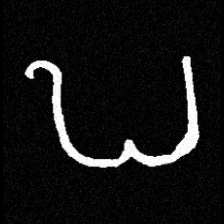
Pyu character \u2014 Myanmar letter: ဎ (romanized: ddha)